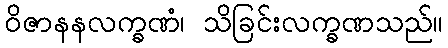
ဝိဇာနနလက္ခဏံ၊ သိခြင်းလက္ခဏသည်။